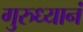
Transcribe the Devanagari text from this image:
गुरुध्यानं